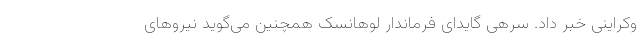
وکراینی خبر داد. سرهی گایدای فرماندار لوهانسک همچنین می‌گوید نیروهای